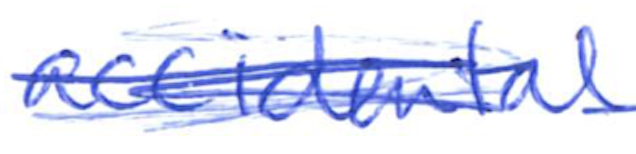
Text: accidental
Cross-out: scratch
Writing tool: ballpoint